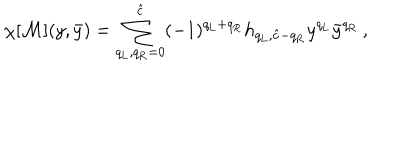
\chi [ { \cal M } ] ( y , \bar { y } ) = \sum _ { q _ { \mathrm { L } } , q _ { \mathrm { R } } = 0 } ^ { \hat { c } } ( - 1 ) ^ { q _ { \mathrm { L } } + q _ { \mathrm { R } } } h _ { q _ { \mathrm { L } } , \hat { c } - q _ { \mathrm { R } } } y ^ { q _ { \mathrm { L } } } \bar { y } ^ { q _ { \mathrm { R } } } \, ,